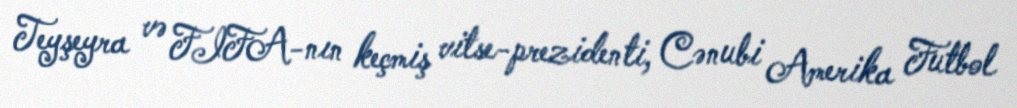
Teyşeyra və FIFA-nın keçmiş vitse-prezidenti, Cənubi Amerika Futbol